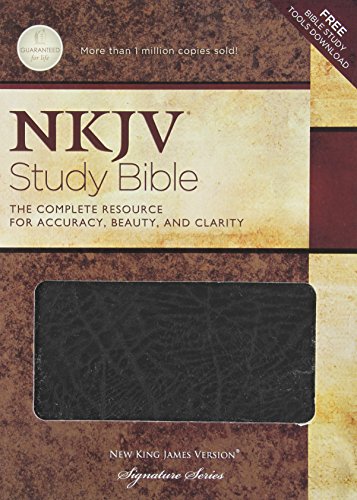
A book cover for The NKJV Study Bible, 2nd Edition; Christian Books & Bibles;